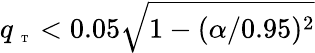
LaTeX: q_{\mathrm{~\tiny~T~}}<0.05\sqrt{1-(\alpha/0.95)^{2}}